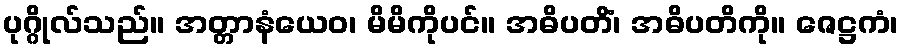
ပုဂ္ဂိုလ်သည်။ အတ္တာနံယေဝ၊ မိမိကိုပင်။ အဓိပတိံ၊ အဓိပတိကို။ ဇေဋ္ဌကံ၊